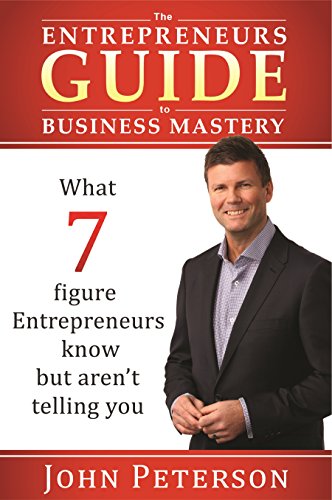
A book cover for The Entrepreneurs Guide to Business Mastery; John Peterson; Business & Money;